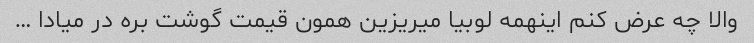
والا چه عرض کنم اینهمه لوبیا میریزین همون قیمت گوشت بره در میادا …